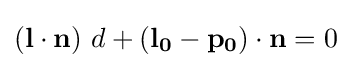
(\mathbf {l} \cdot \mathbf {n} )\ d+(\mathbf {l_{0}} -\mathbf {p_{0}} )\cdot \mathbf {n} =0